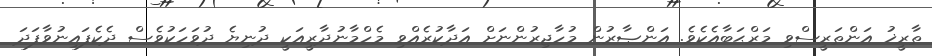
ތާރީޚު އަންތަރީސްވި މަރްޙަބާއެކެވެ. އަންޞާރުން މުހާޖިރުންނަށް އަދާކުރެއްވި މެހްމާނުދާރީއަކީ ދުނިޔެ ދުވަހަކުވެސް ދެކެފައިނުވާފަދަ